Problem: 12 + 40 = ?
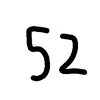
Handwritten answer: 52